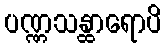
ပဏ္ဏသန္ထာရောပိ